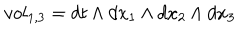
v o l _ { 1 , 3 } = d t \wedge d x _ { 1 } \wedge d x _ { 2 } \wedge d x _ { 3 }